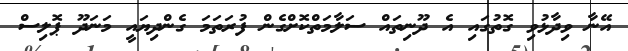
އޭނާ ވިދާޅުވި ގޮތުގައި އެ ދޫނިތައް ސަލާމަތްކޮށްގެން ފުރަތަމަ ގެންދިޔައީ މަނަދޫ ޕޮލިސް